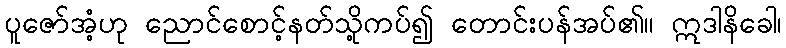
ပူဇော်အံ့ဟု ညောင်စောင့်နတ်သို့ကပ်၍ တောင်းပန်အပ်၏။ ဣဒါနိခေါ၊